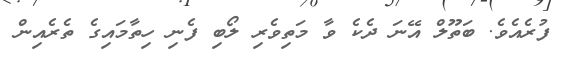
ފުރެއެވެ. ބަތޫލް އޭނަ ދެކެ ވާ މަތިވެރި ލޯބި ފެނި ހިތާމައިގެ ތެރެއިން